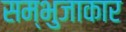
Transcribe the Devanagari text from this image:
सम्भुजाकार